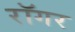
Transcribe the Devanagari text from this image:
रॉगर